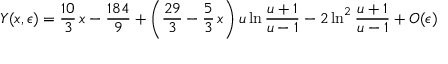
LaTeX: Y ( x , \epsilon ) = \frac { 1 0 } { 3 } \, x - \frac { 1 8 4 } { 9 } + \left( \frac { 2 9 } { 3 } - \frac 5 3 \, x \right) u \ln \frac { u + 1 } { u - 1 } - 2 \ln ^ { 2 } \frac { u + 1 } { u - 1 } + O ( \epsilon )